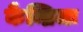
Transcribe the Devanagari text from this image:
कैम्ब्रिजः